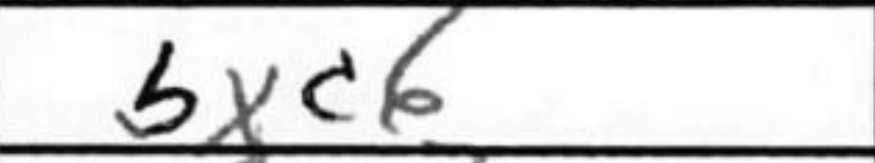
Transcription: bxc6